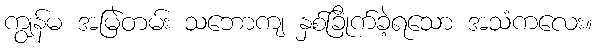
ကျွန်မ အမြဲတမ်း သဘောကျ နှစ်ခြိုက်ခဲ့ရသော အသံကလေး။